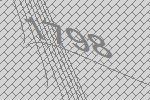
1798